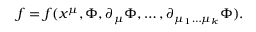
f = f ( x ^ { \mu } , \Phi , \partial _ { \mu } \Phi , \ldots , \partial _ { { \mu _ { 1 } } \ldots { \mu _ { k } } } \Phi ) .